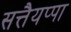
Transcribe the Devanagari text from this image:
सत्तैयप्पा